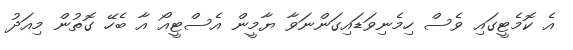
އެ ކޮމެޓީގައި ވެސް ހިމެނިވަޑައިގަންނަވާ ޔާމީން އެސްޓީއޯ އާ ބެހޭ ގޮތުން މިއަދު